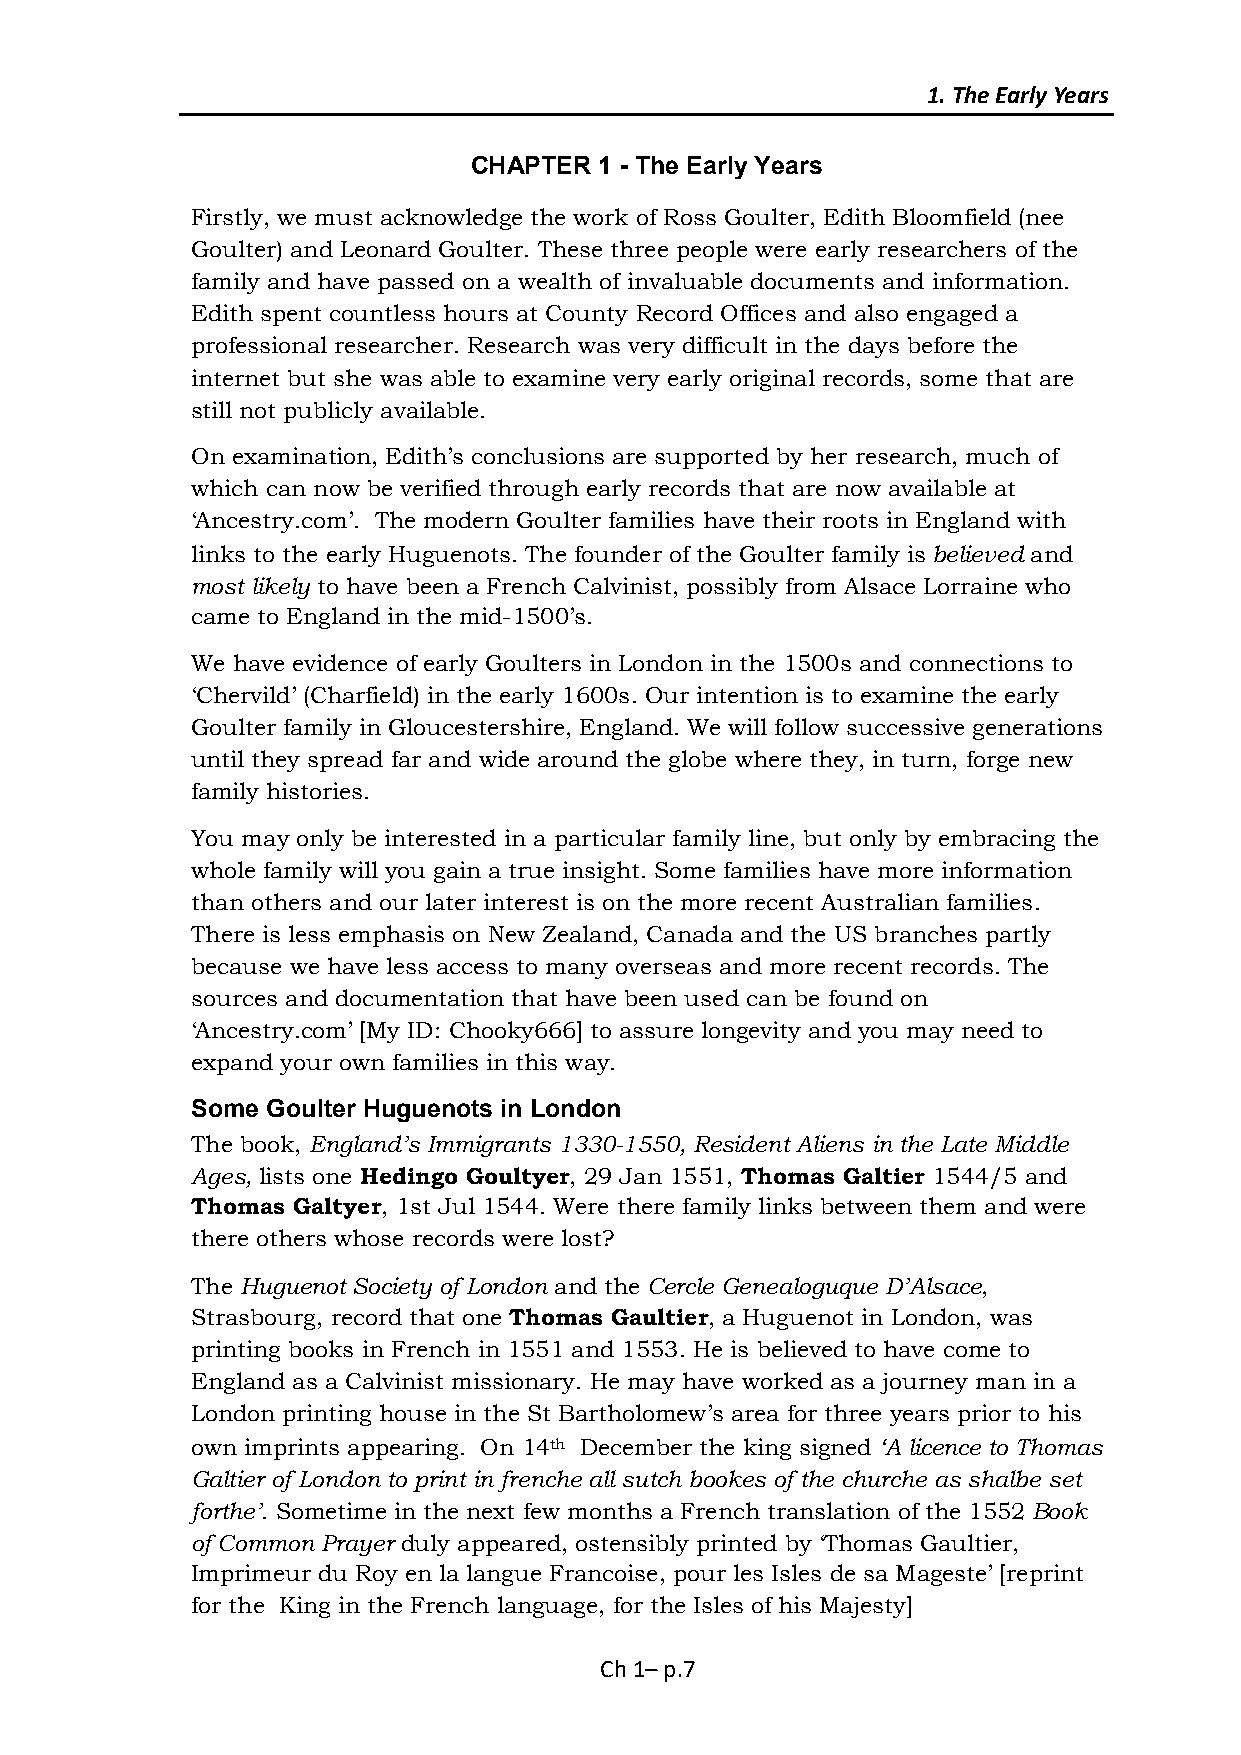
1. The Early Years
 CHAPTER  1 - The Early Years
 Firstly, we must acknowledge the work of Ross Goulter, Edith Bloomfield (nee
 Goulter) and Leonard Goulter. These three people were early researchers of the
 family and have passed on a wealth of invaluable documents and information.
 Edith spent countless hours at County Record Offices and also engaged a
 professional researcher. Research was very difficult in the days before the
 internet but she was able to examine very early original records, some that are
 still not publicly available.
 On examination, Edith’s conclusions are supported by her research, much of
 which can now be verified through early records that are now available at
 ‘Ancestry.com’. The modern Goulter families have their roots in England with
 links to the early Huguenots. The founder of the Goulter family is believed and
 most likely to have been a French Calvinist, possibly from Alsace Lorraine who
 came to England in the mid-1500’s.
 We have evidence of early Goulters in London in the 1500s and connections to
 ‘Chervild’ (Charfield) in the early 1600s. Our intention is to examine the early
 Goulter family in Gloucestershire, England. We will follow successive generations
 until they spread far and wide around the globe where they, in turn, forge new
 family histories.
 You may only be interested in a particular family line, but only by embracing the
 whole family will you gain a true insight. Some families have more information
 than others and our later interest is on the more recent Australian families.
 There is less emphasis on New Zealand, Canada and the US branches partly
 because we have less access to many overseas and more recent records. The
 sources and documentation that have been used can be found on
 ‘Ancestry.com’ [My ID: Chooky666] to assure longevity and you may need to
 expand your own families in this way.
 Some Goulter Huguenots in London
 The book, England’s Immigrants 1330-1550, Resident Aliens in the Late Middle
 Ages, lists one Hedingo Goultyer, 29 Jan 1551, Thomas Galtier 1544/5 and
 Thomas Galtyer, 1st Jul 1544. Were there family links between them and were
 there others whose records were lost?
 The Huguenot Society of London and the Cercle Genealoguque D’Alsace,
 Strasbourg, record that one Thomas Gaultier, a Huguenot in London, was
 printing books in French in 1551 and 1553. He is believed to have come to
 England as a Calvinist missionary. He may have worked as a journey man in a
 London printing house in the St Bartholomew’s area for three years prior to his
 own imprints appearing. On 14th December the king signed ‘A licence to Thomas
 Galtier of London to print in frenche all sutch bookes of the churche as shalbe set
 forthe’. Sometime in the next few months a French translation of the 1552 Book
 of Common Prayer duly appeared, ostensibly printed by ‘Thomas Gaultier,
 Imprimeur du Roy en la langue Francoise, pour les Isles de sa Mageste’ [reprint
 for the King in the French language, for the Isles of his Majesty]
 Ch 1– p.7